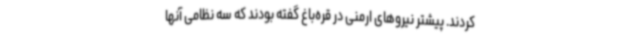
کردند. پیشتر نیروهای ارمنی در قره‌باغ گفته بودند که سه نظامی آنها